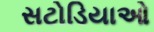
સટોડિયાઓ